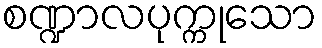
စဏ္ဍာလပုက္ကုသော